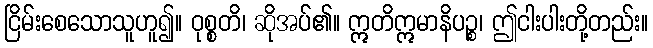
ငြိမ်းစေသောသူဟူ၍။ ဝုစ္စတိ၊ ဆိုအပ်၏။ ဣတိဣမာနိပဉ္စ၊ ဤငါးပါးတို့တည်း။